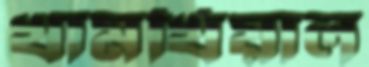
খামখিয়াল